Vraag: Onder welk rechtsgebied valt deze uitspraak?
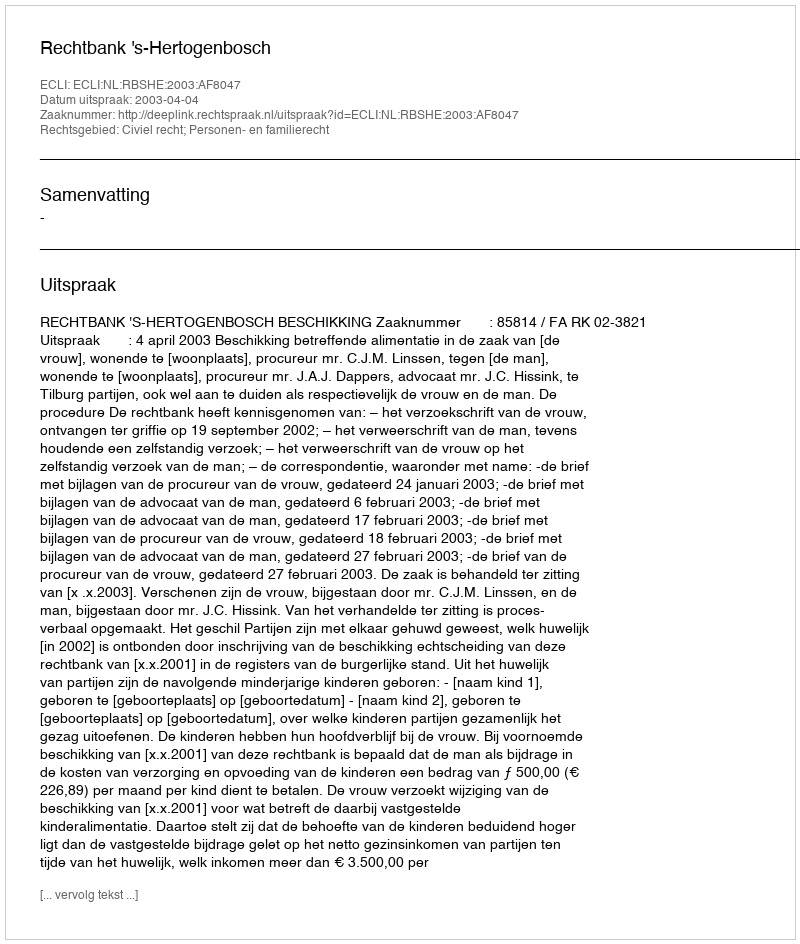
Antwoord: Civiel recht; Personen- en familierecht